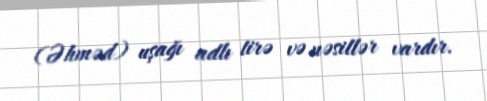
(Əhməd) uşağı adlı tirə və nəsillər vardır.